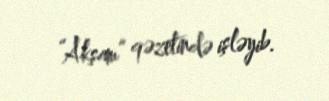
“Akşam” qəzetində işləyib.